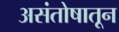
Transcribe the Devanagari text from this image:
असंतोषातून